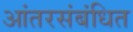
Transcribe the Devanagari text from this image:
आंतरसंबंधित